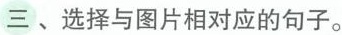
三、选择与图片相对应的句子。